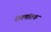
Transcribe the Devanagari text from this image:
रावणांतक